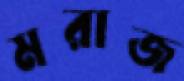
মরাজ